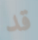
قد